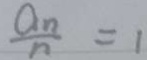
\frac { a _ { n } } { n } = 1